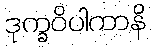
ဒုက္ခဝိပါကာနိ